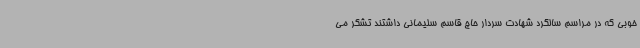
خوبی که در مراسم سالگرد شهادت سردار حاج قاسم سلیمانی داشتند تشکر می